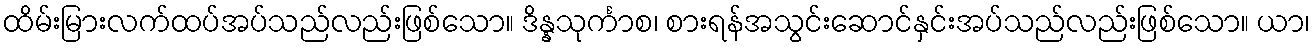
ထိမ်းမြားလက်ထပ်အပ်သည်လည်းဖြစ်သော။ ဒိန္နသုင်္ကာစ၊ စားရန်အသွင်းဆောင်နှင်းအပ်သည်လည်းဖြစ်သော။ ယာ၊